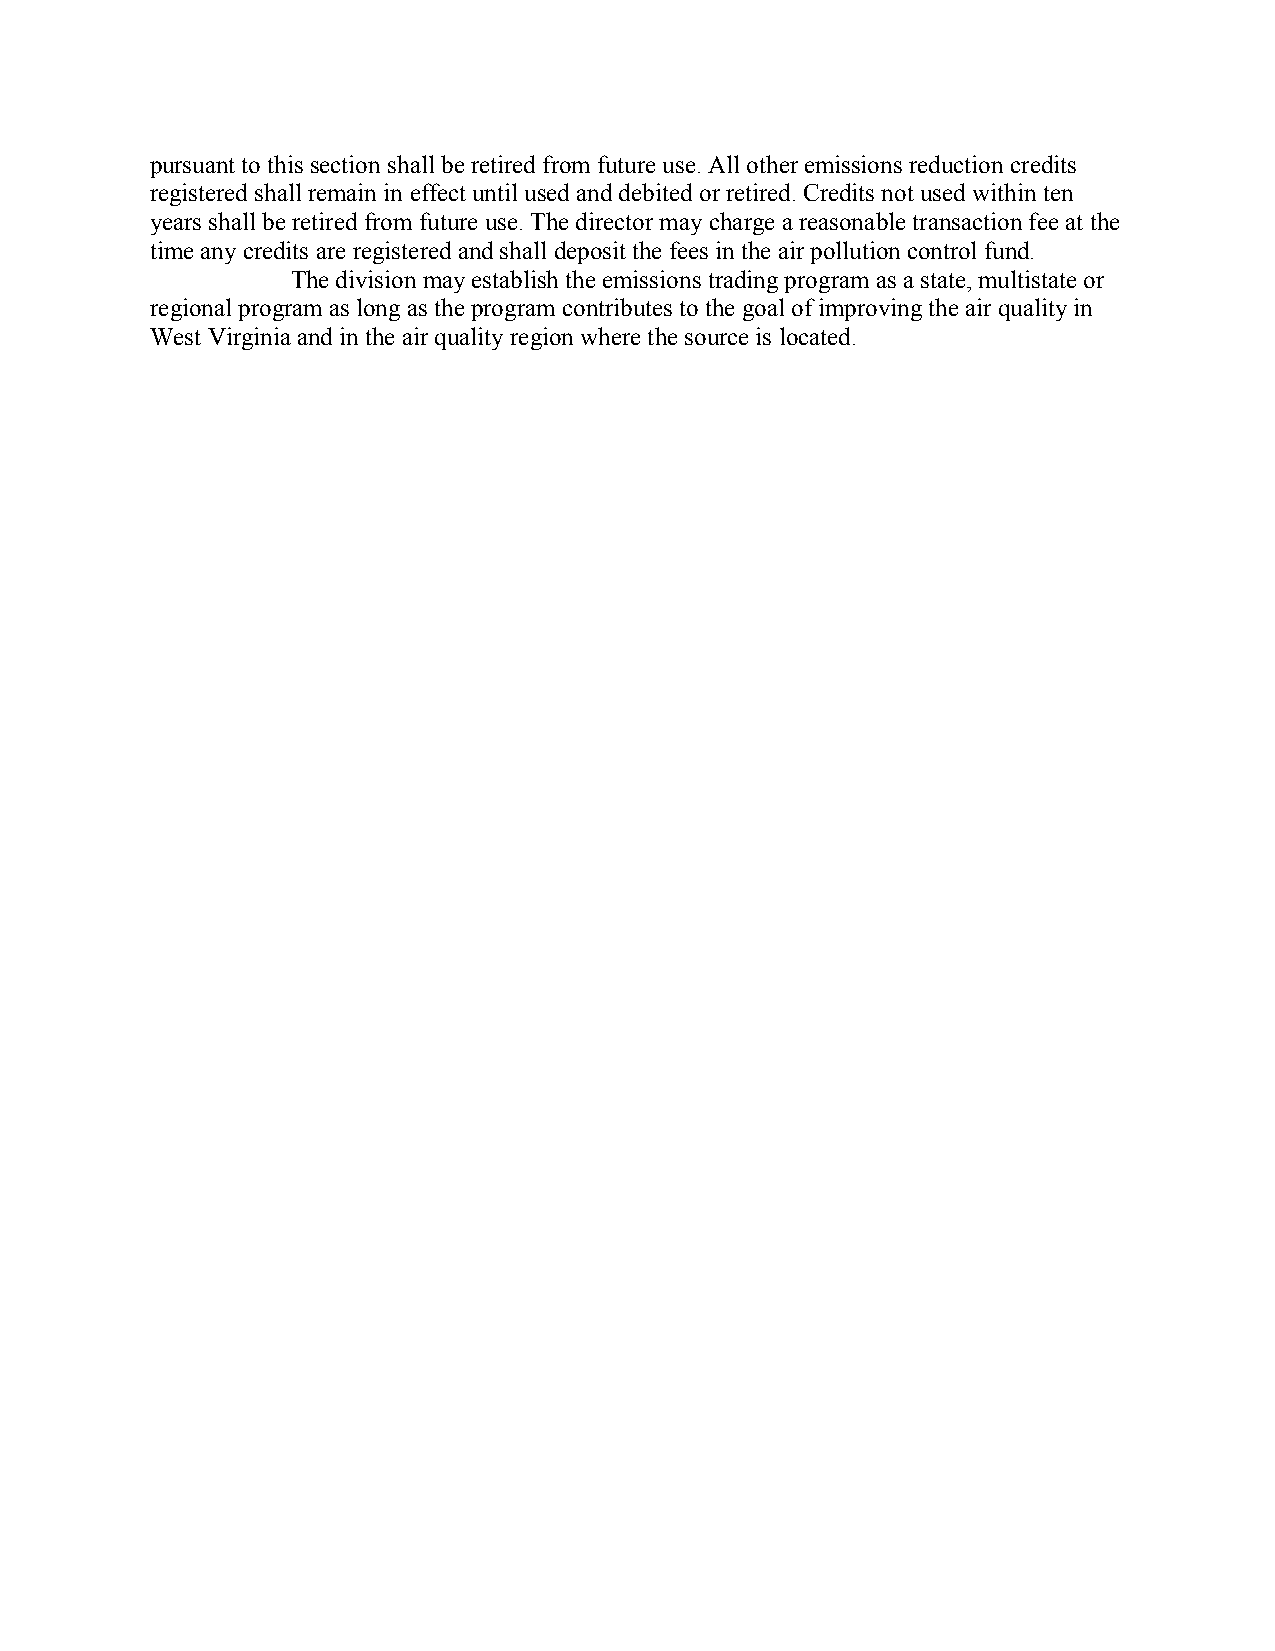
pursuant to this section shall be retired from future use. All other emissions reduction credits
 registered shall remain in effect until used and debited or retired. Credits not used within ten
 years shall be retired from future use. The director may charge a reasonable transaction fee at the
 time any credits are registered and shall deposit the fees in the air pollution control fund.
 The division may establish the emissions trading program as a state, multistate or
 regional program as long as the program contributes to the goal of improving the air quality in
 West Virginia and in the air quality region where the source is located.